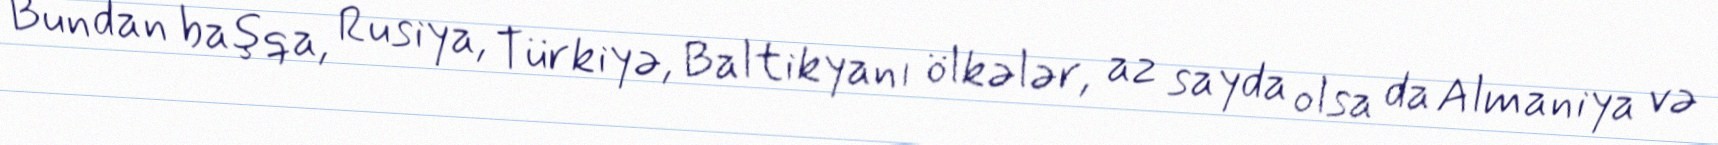
Bundan başqa, Rusiya, Türkiyə, Baltikyanı ölkələr, az sayda olsa da Almaniya və